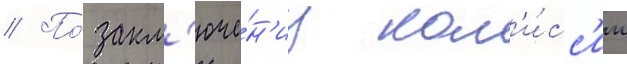
// По́ закл'юче́н'иу ком'и́сс'ии